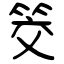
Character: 筊